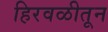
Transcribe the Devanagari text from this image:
हिरवळीतून